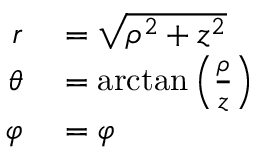
\begin{array} { r l } { r } & { { } = { \sqrt { \rho ^ { 2 } + z ^ { 2 } } } } \\ { \theta } & { { } = \arctan \left( { \frac { \rho } { z } } \right) } \\ { \varphi } & { { } = \varphi } \end{array}